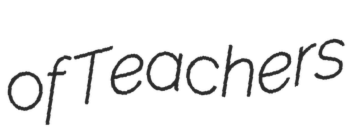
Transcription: of Teachers